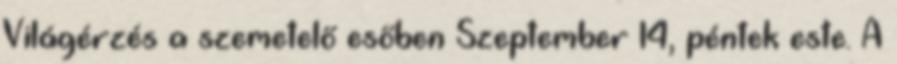
Világérzés a szemetelő esőben Szeptember 14, péntek este. A